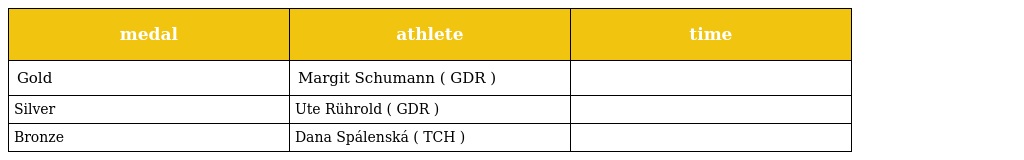
| medal | athlete | time |
 | --- | --- | --- |
 | Gold | Margit Schumann ( GDR ) |  |
 | Silver | Ute Rührold ( GDR ) |  |
 | Bronze | Dana Spálenská ( TCH ) |  |